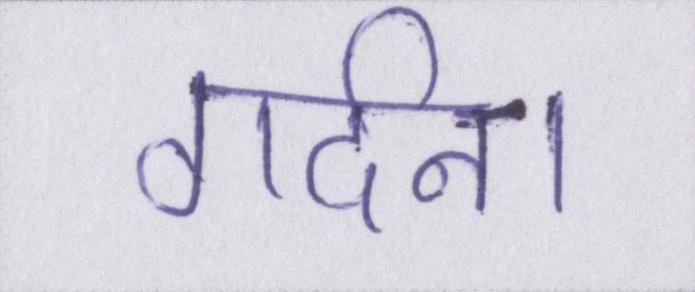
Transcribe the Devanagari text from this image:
गर्दन।